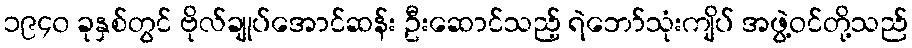
၁၉၄၀ ခုနှစ်တွင် ဗိုလ်ချုပ်အောင်ဆန်း ဦးဆောင်သည့် ရဲဘော်သုံးကျိပ် အဖွဲ့ဝင်တို့သည်